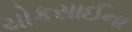
ચોકસાઈના